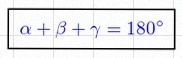
\alpha+\beta+\gamma=180^\circ